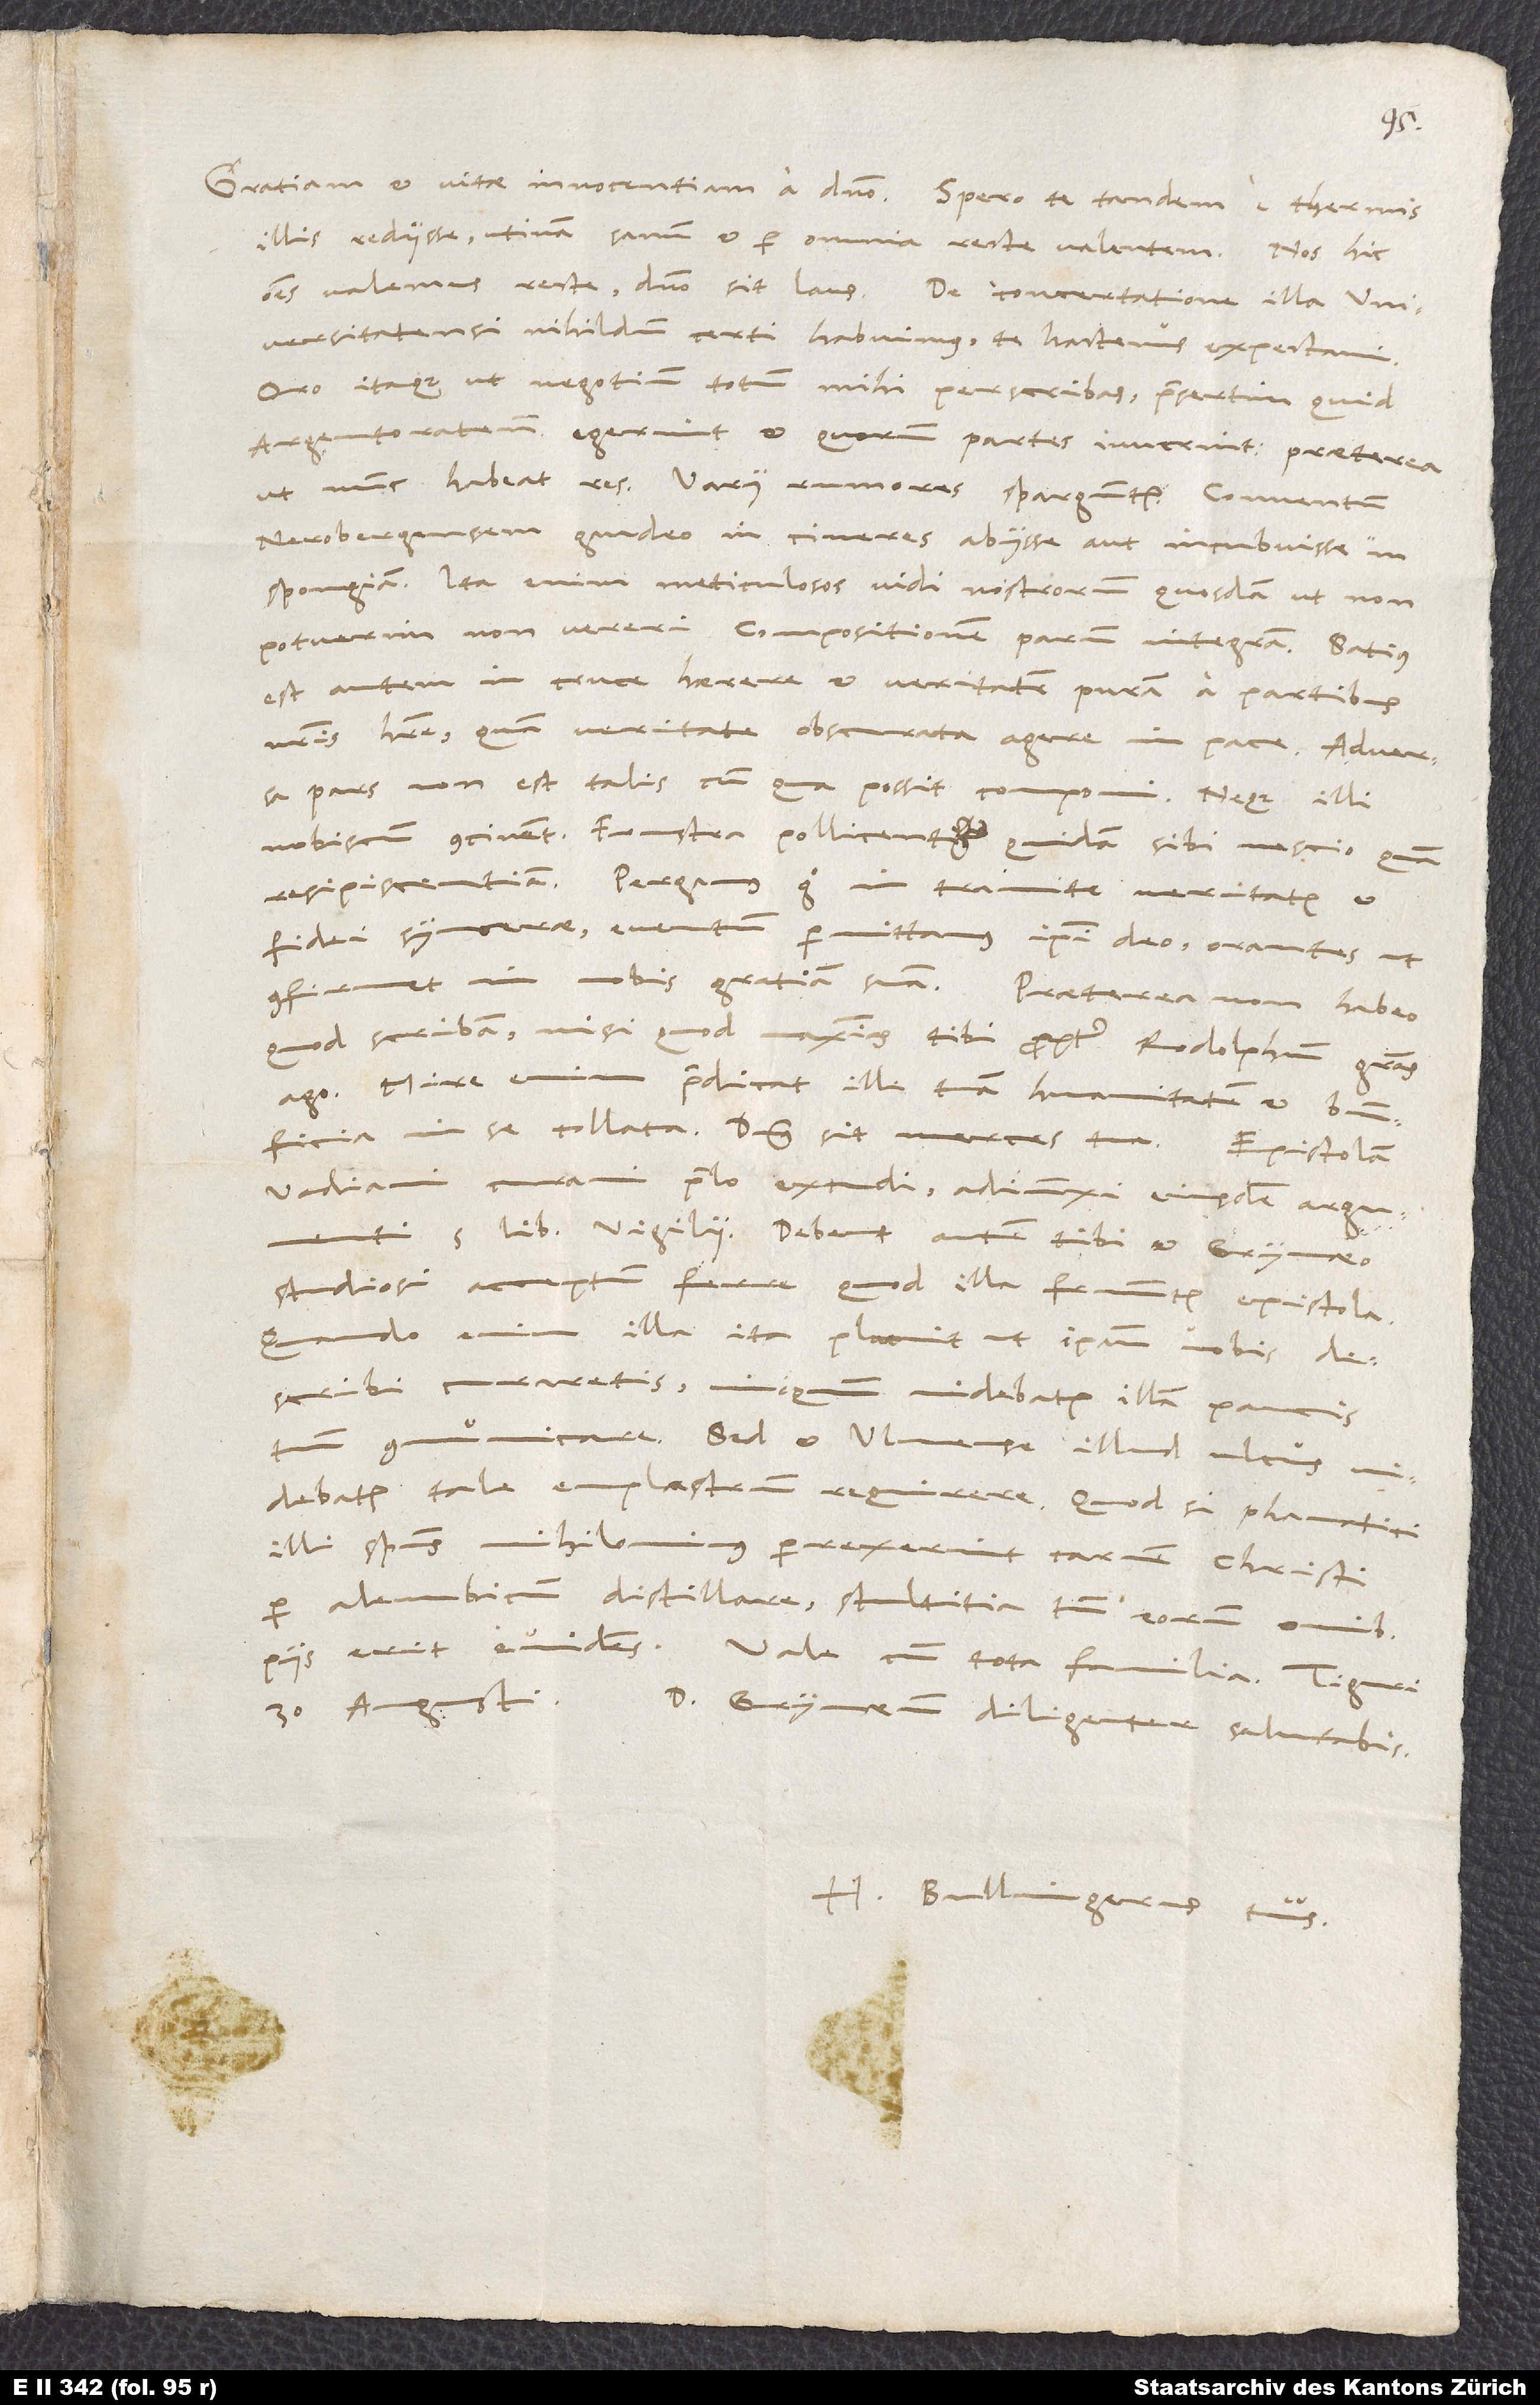
illis rediisse, utinam sanum et per omnia recte valentem. Nos hic
universitatensi nihildum certi habuimus; te hactenus expectavi.
Oro itaque, ut negotium totum mihi perscribas, praesertim quid
Argentoratenses egerint et quorum partes iuverint, praeterea,
Nerobergensem gaudeo in cineres abiisse aut incubuisse in
spongiam. Ita enim meticulosos vidi nostrorum quosdam, ut non
potuerim non vereri compositionem parum integram. Satius
est autem in cruce haerere et veritatem puram a partibus
nostris habere quam veritate obscurata agere in pace. Adversa
pars non est talis, cum qua possit componi. Neque illi
nobiscum concinent. Frustra pollicentur quidam sibi nescio quam
resipiscentiam. Pergamus ergo in tramite veritatis et
fidei syncerae, eventum permittamus ipsi deo orantes, ut
quod scribam, nisi quod maximas tibi propter Rodolphum gratias
ago. Mire enim praedicat ille tuam humanitatem et beneficia
Vadiani curavi praelo excudi; adiunxi eiusdem argumenti
5 libros Vigilii. Debent autem tibi et Grynaeo
studiosi acceptum ferre, quod illa fruuntur epistola.
Quando enim illa ita placuit, ut ipsam vobis
describi curaretis, iniquum videbatur illam paucis
communicare. Sed et Ulmense illud ulcus
videbatur tale emplastrum requirere. Quod si phanatici
illi spiritus nihilominus perrexerint carnem Christi
per alembicum distillare, stultitia tamen eorum omnibus
H. Bullingerus tuus.